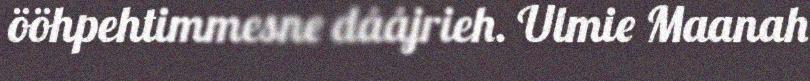
ööhpehtimmesne dååjrieh. Ulmie Maanah